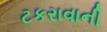
ટકરાવાની